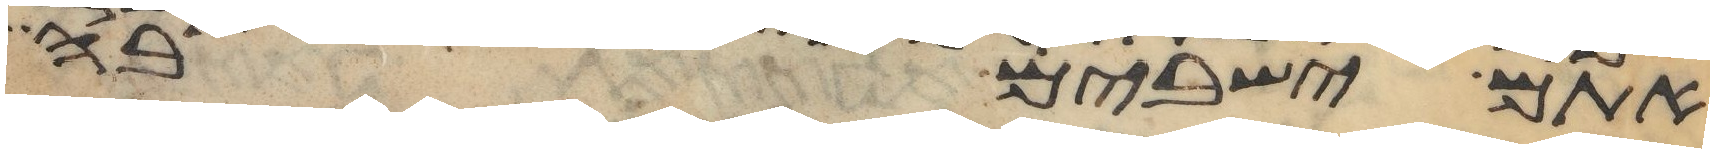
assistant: אתם ישבים בה